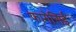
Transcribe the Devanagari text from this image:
फागेसिई